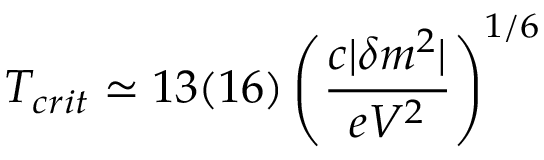
T _ { c r i t } \simeq 1 3 ( 1 6 ) \left( \frac { c | \delta m ^ { 2 } | } { e V ^ { 2 } } \right) ^ { 1 / 6 }